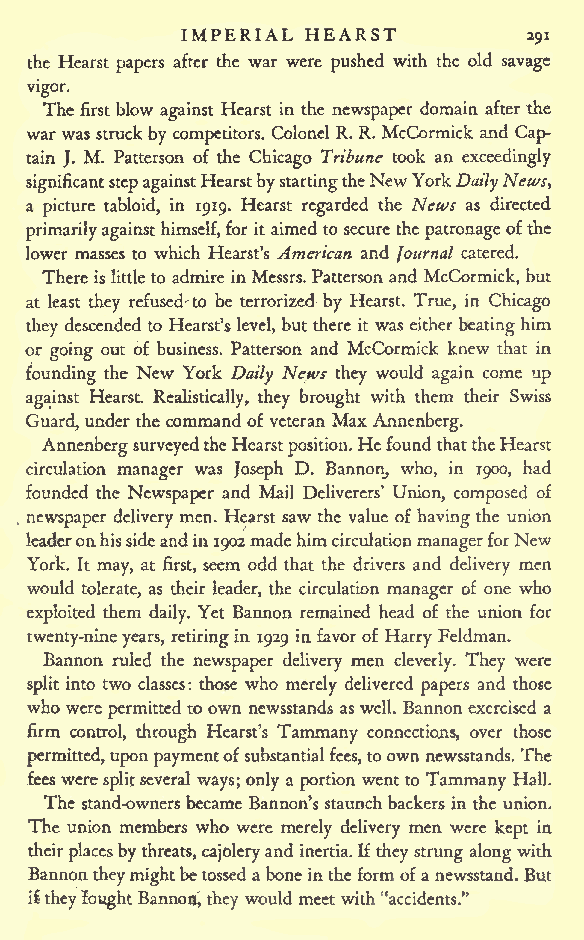
IMPERIAL HEARST
 291
 the Hearst papers after the war were pushed with the old savage
 vigor.
 The first blow against Hearst in the newspaper domain after the
 warwas struckby competitors. ColonelR. R. McCormick and Cap-
 tain J. M. Patterson of the Chicago Tribune took an exceedingly
 significantstepagainstHearstbystartingtheNewYork
 DailyNews,
 a picture tabloid, in 1919. Hearst regarded the News as directed
 primarilyagainsthimself,for it aimed to secure the patronageofthe
 lower masses to which Hearst's American and Journal catered.
 Thereis little to admire inMessrs.Patterson and McCormick, but
 at least they refused to be terrorized by Hearst. True, in Chicago
 they descended to Hearst's level, butthere it was eitherbeatinghim
 or going out of business. Patterson and McCormick knew that in
 founding the New York Daily News they would again come up
 against Hearst Realistically, they brought with them their Swiss
 Guard,under thecommand of veteran Max Annenberg.
 AnnenbergsurveyedtheHearst position.HefoundthattheHearst
 circulation manager was Joseph D. Bannon, who, in 1900, had
 founded the Newspaper and Mail Deliverers' Union, composed of
 . newspaper delivery men. Hearst saw the value of havingthe union
 leaderonhissideandin1902madehimcirculationmanagerforNew
 York. It may, at first, seem odd that the drivers and delivery men
 would tolerate, as their leader, the circulation manager of one who
 exploited them daily. Yet Bannon remained head of the union for
 twenty-nineyears, retiringin 1929 in favor of Harry Feldman.
 Bannon ruled the newspaper delivery men cleverly. They were
 split into two classes: those who merely delivered papers and those
 who were permittedto own newsstands aswell. Bannonexercised a
 firm control, through Hearst's Tammany connections, over those
 permitted,uponpaymentofsubstantialfees,toownnewsstands. The
 fees were splitseveral ways;only a portion wentto Tammany Hall.
 The stand-owners became Bannon's staunchbackers inthe union.
 The union members who were merely delivery men were kept in
 theirplacesbythreats, cajoleryand inertia.Ifthey strung alongwith
 Bannon theymightbetossed aboneintheform ofa newsstand. But
 i theyfought Bannon,they would meet with "accidents."